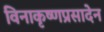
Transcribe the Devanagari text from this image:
विनाकृष्णप्रसादेन